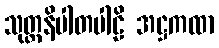
သုတ္တနိပါတပါဠိ အဋ္ဌကထာ